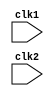
//MIPS32 Basic Implmentation

//---------------------------------------------//
//Acronyms used throught : 
//IF - Instruction Fetch 
//ID - Instruction Decode/Register Fetch 
//EX - Execution/Effective Address Calculation 
//MEM - Memory Access
//WB - Write back 
//IR - Instruction Register 
//---------------------------------------------//


module MIPS32 ( clk1, clk2 ) ;

//Using two phase clock, for avoiding clashes and clock skews
input clk1, clk2 ;

//Register Bank
reg [31:0] RegBank [31:0] ; //Register bank ( 32 X 32 ) - 32 Registers, each of 32 Bits

//Memory Unit - 1024 x 32 - 4 Kilobytes Memory 
reg [31:0] Mem [1023:0] ;

//Declaring the opcodes for the various instructions
parameter ADD = 6'b000000 , SUB = 6'b000001, AND = 6'b000010,
	OR = 6'b000011, SLT = 6'b000100, MUL = 6'b000101, HLT = 6'b111111,
	LW = 6'b001000, SW = 6'b001001, ADDI = 6'b001010, SUBI = 6'b001011,
	SLTI = 6'b001100, BNEQZ = 6'b001101, BEQZ = 6'b001110 ;


//Types of instructions
parameter RR_ALU = 3'b000, RM_ALU = 3'b001, LOAD = 3'b010,
		STORE = 3'b011, BRANCH = 3'b100, HALT = 3'b101 ;

//RR_ALU - Register to Register ALU Instructions
//RM_ALU - Register to Memory ALU Instructions 
//LOAD - Load Type Instruction
//STORE - Store Type Instruction
//BRANCH - Branch Instruction 
//HALT - Halt Instruction 



reg [2:0] ID_EX_type, EX_MEM_type, MEM_WB_type ;



reg HALTED ;
//Set after HLT instruction is completed - in Write Back stage

reg TAKEN_BRANCH ;
//Required to disable instructions after branching is done


//---------- Defining Intermediate Registers Between Pipelines -----------//

//Defining intermediate latches between Instruction Fetch stage
//and Instruction Decode stage

reg [31:0] PC, IF_ID_IR, IF_ID_NPC ;
//PC- Program Counter
//IR - Instruction Register
//NPC - Next Program Counter - We use this to temporarily store the next instruction, just in case when there is a Branch/Jump Instruction in the middle. 


//Defining intermediate latches between Instruction Decode stage and
//Execute stage
reg [31:0] ID_EX_IR, ID_EX_NPC, ID_EX_A, ID_EX_B, ID_EX_Imm ;


//Defining intermediate latches between Execute Stage and Memory Stage
reg [31:0] EX_MEM_IR, EX_MEM_ALUOut, EX_MEM_B ;
reg EX_MEM_cond ;


//Defining intermediate latches between Memory Stage and Write back stage
reg [31:0] MEM_WB_IR, MEM_WB_ALUOut, MEM_WB_LMD ;

///////////---------------------------------------------------//////////////////


//-------------------- Stage 1 -----------------------------------//
//Instruction Fetch Stage --- Stage 1

always @ ( posedge clk1 )

	if ( HALTED == 0 ) //That is, instructions are still left to be executed
		begin
			if(((EX_MEM_IR[31:26] == BEQZ) && (EX_MEM_cond == 1)) || ((EX_MEM_IR[31:26] == BNEQZ) && (EX_MEM_cond == 0)))
				//For branching Instructions 
				begin
					IF_ID_IR <= Mem[EX_MEM_ALUOut] ;
					TAKEN_BRANCH <= 1'b1 ;
					IF_ID_NPC <= EX_MEM_ALUOut + 1 ;
					PC <= EX_MEM_ALUOut + 1 ;
				end
			else
				//For Non Branching Instructions 
				begin
					IF_ID_IR <= Mem[PC] ;
					IF_ID_NPC <= PC + 1 ;
					PC <= PC + 1 ;
				end
		end


///////-------End of Stage 1 ------------------------------------//



//-------------------- Stage 2 -----------------------------------//
//Instruction Decode Stage or Register Fetch stage --- Stage 2

always @ ( posedge clk2 )

	if(HALTED == 0 ) //That is, if there are instructions left to execute
		begin
			if(IF_ID_IR[25:21] == 5'b00000) //Register 0 - which is always at Ground
				ID_EX_A <= 0 ;
			else
				ID_EX_A <= RegBank[IF_ID_IR[25:21]] ; //"rs" 

			if(IF_ID_IR[20:16] == 5'b00000) //Register 0 - which is always at Ground 
				ID_EX_B <= 0 ;
			else
				ID_EX_B <= RegBank[IF_ID_IR[20:16]] ; //"rt"

			ID_EX_NPC <= IF_ID_NPC ;
			ID_EX_IR <= IF_ID_IR ;
			ID_EX_Imm <= { {16{IF_ID_IR[15]} } , {IF_ID_IR[15:0] }} ;

		case (IF_ID_IR[31:26]) //Decoding the opcode 

			ADD, SUB, AND, OR, SLT, MUL:  ID_EX_type <= RR_ALU ;
			ADDI, SUBI, SLTI: 			  ID_EX_type <= RM_ALU ;
			LW: 						  ID_EX_type <= LOAD   ;
			SW: 						  ID_EX_type <= STORE  ;
			BNEQZ, BEQZ: 				  ID_EX_type <= BRANCH ;
			HLT: 						  ID_EX_type <= HALT   ;
			default: 					  ID_EX_type <= HALT   ;	//In case of invalid opcode

		endcase
	end

//----------------------End of Stage 2 -------------------------------////////



//-------------------------- Stage 3 ----------------------------------------////
//Execution Stage or Effective Address Calculation --- Stage 3

always @ (posedge clk1)

	if(HALTED == 0) //That is, if instructions are still left in pipeline to execute
	begin

		EX_MEM_type <= ID_EX_type ;
		EX_MEM_IR <= ID_EX_IR ;
		TAKEN_BRANCH <= 0 ;

		case ( ID_EX_type) //Decoding the type of instruction format

		RR_ALU: begin 	//Register to Register type instructions
					case(ID_EX_IR[31:26]) // opcode for Register to Register ALU instructions
						ADD: EX_MEM_ALUOut <= ID_EX_A + ID_EX_B ;
						SUB: EX_MEM_ALUOut <= ID_EX_A - ID_EX_B ;
						AND: EX_MEM_ALUOut <= ID_EX_A & ID_EX_B ;
						OR : EX_MEM_ALUOut <= ID_EX_A | ID_EX_B ;
						SLT: EX_MEM_ALUOut <= ID_EX_A < ID_EX_B ;
						MUL: EX_MEM_ALUOut <= ID_EX_A * ID_EX_B ;
						default: EX_MEM_ALUOut <= 32'hxxxxxxxx ;
					endcase
				end

		RM_ALU: begin //Register to memory type instructions
					case( ID_EX_IR[31:26]) // opcode for Register to Memory ALU isntructions
						ADDI: EX_MEM_ALUOut <= ID_EX_A + ID_EX_Imm ;
						SUBI: EX_MEM_ALUOut <= ID_EX_A - ID_EX_Imm ;
						SLTI: EX_MEM_ALUOut <= ID_EX_A < ID_EX_Imm ;
						default: EX_MEM_ALUOut <= 32'hxxxxxxxx ;
					endcase
				end

		LOAD, STORE: begin //Load and store instructions
						EX_MEM_ALUOut <= ID_EX_A + ID_EX_Imm ;
						EX_MEM_B <= ID_EX_B ;
					end

		BRANCH: begin
					EX_MEM_ALUOut <= ID_EX_NPC + ID_EX_Imm ;
					EX_MEM_cond <= (ID_EX_A == 0 ) ;
				end
		endcase

	end

//-------------------End of Stage 3 ---------------------------------------//

//--------------------- Stage 4 --------------------------------------------//
//Memory access stage or Branch Completion  --- Stage 4

always @ (posedge clk2)

	if(HALTED == 0 )

	begin
		MEM_WB_type <= EX_MEM_type ;
		MEM_WB_IR <= EX_MEM_IR ;

		case (EX_MEM_type)

			RR_ALU, RM_ALU: MEM_WB_ALUOut <= EX_MEM_ALUOut ;

			LOAD		  : MEM_WB_LMD <= Mem[EX_MEM_ALUOut] ;

			STORE         : if(TAKEN_BRANCH == 0 ) //Disabling Writing Function
								Mem[EX_MEM_ALUOut] <= EX_MEM_B ;

			default		  : MEM_WB_ALUOut <= 32'hxxxxxxxx ;

		endcase

	end

//----------------------------End of Stage 4 ---------------------------------//


//Write back Stage --- Stage 5
//----------------------------------Stage 5 -----------------------------------//

always @ (posedge clk1)

	begin

		if(TAKEN_BRANCH == 0) // Disable writing if branch is taken

		case(MEM_WB_type)

		RR_ALU: RegBank[MEM_WB_IR[15:11]] <= MEM_WB_ALUOut ; // 'rd'

		RM_ALU: RegBank[MEM_WB_IR[20:16]] <= MEM_WB_ALUOut ; // 'rt'

		LOAD  : RegBank[MEM_WB_IR[20:16]] <= MEM_WB_LMD    ; // 'rt' in Load Instructions

		HALT  : HALTED <= 1'b1 ;

		endcase

	end


endmodule

//--------------------End of Stage 5 -------------------------------------------//